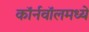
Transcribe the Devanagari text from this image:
कॉर्नवॉलमध्ये